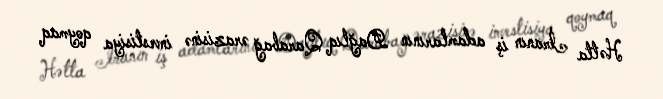
Hətta İranın iş adamlarının Dağlıq Qarabağ ərazisinə investisiya qoymaq